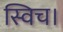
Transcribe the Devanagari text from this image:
स्विच।